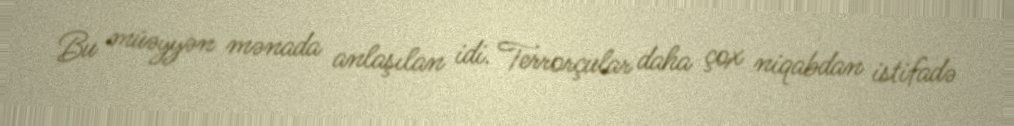
Bu müəyyən mənada anlaşılan idi. Terrorçular daha çox niqabdan istifadə